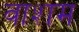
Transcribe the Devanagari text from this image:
वाशम